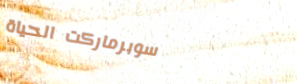
سوبرماركت الحياة